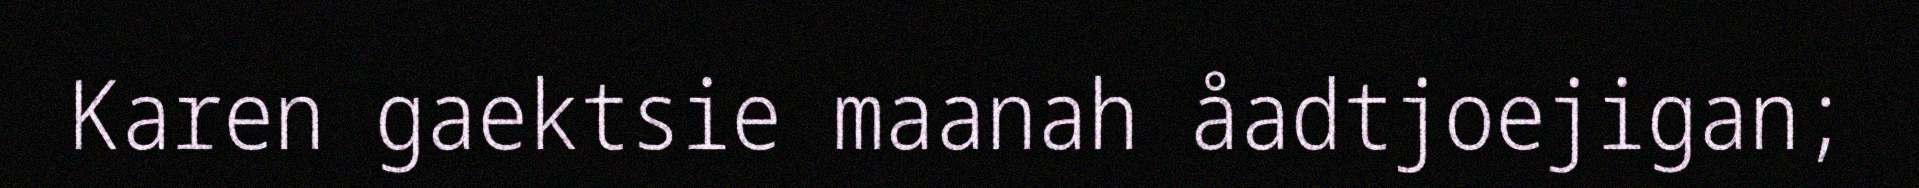
Karen gaektsie maanah åadtjoejigan;